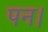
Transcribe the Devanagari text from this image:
पन।